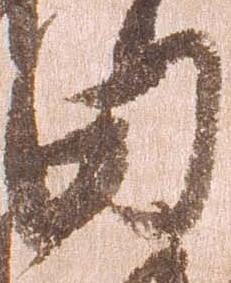
田